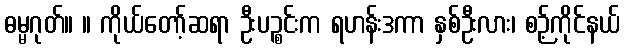
ဓမ္မဂုတ်။ ။ ကိုယ်တော့်ဆရာ ဦးပဉ္စင်းက ရဟန်းဒကာ နှစ်ဦးလား၊ စဉ့်ကိုင်နယ်